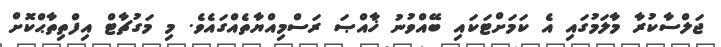
ޖަލްސާކުރާ މާލަމުގައި އެ ކަމަށްޓަކައި ބޭއްވުނު ޚާއްޞަ ރަސްމިއްޔާތެއްގައެވެ. މި މަގުޗާޓް އިފްތިތާޙްކޮށް